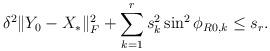
LaTeX: \begin{align*}\delta^2 \Vert Y_0 - X_*\Vert_F^2 + \sum_{k=1}^r\limits s_k^2 \sin^2\phi_{R0, k} \leq s_r .\end{align*}